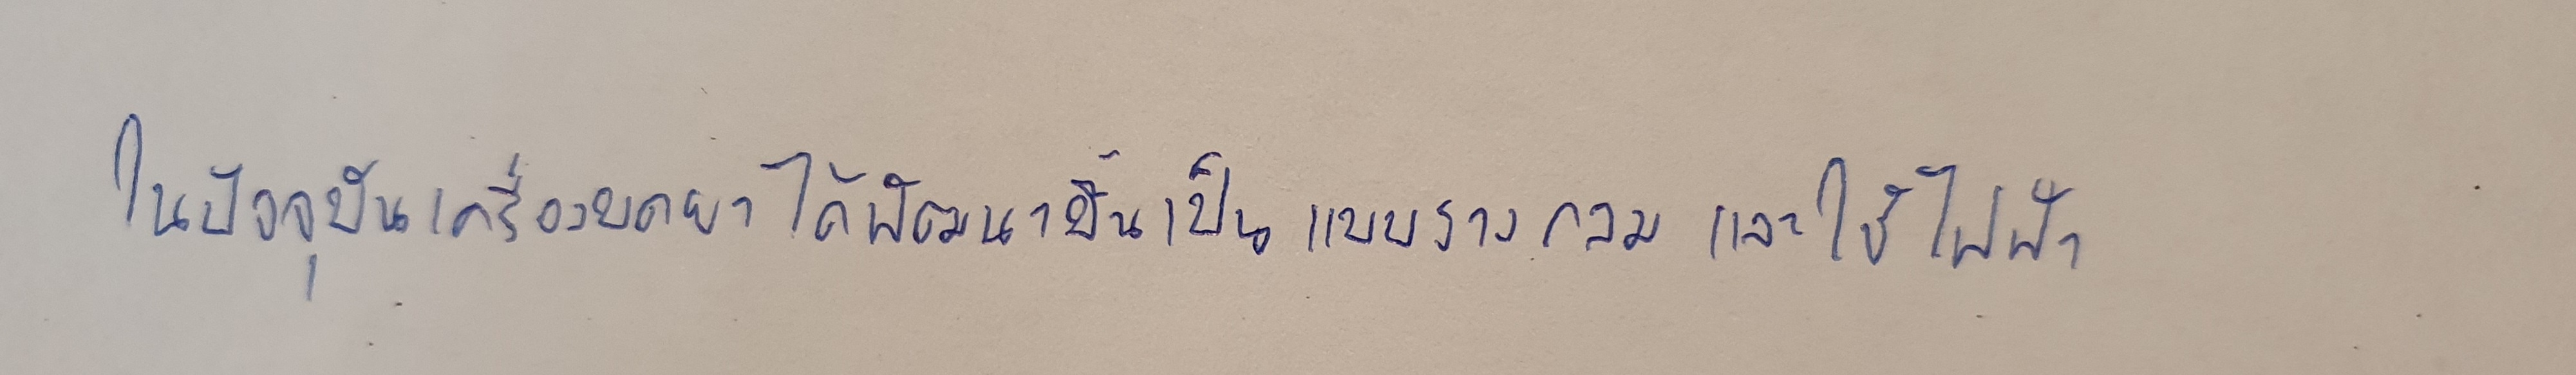
ในปัจจุบันเครื่องบดยาได้พัฒนาขึ้นเป็นแบบรางกลมและใช้ไฟฟ้า